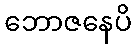
ဘောဇနေပိ